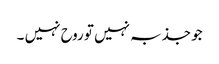
جو جذبہ نہیں تو روح نہیں ۔